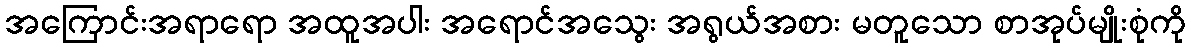
အကြောင်းအရာရော အထူအပါး အရောင်အသွေး အရွယ်အစား မတူသော စာအုပ်မျိုးစုံကို